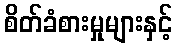
စိတ်ခံစားမှုများနှင့်